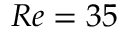
R e = 3 5